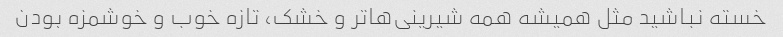
خسته نباشید مثل همیشه همه شیرینی‌ها‌تر و خشک، تازه خوب و خوشمزه بودن